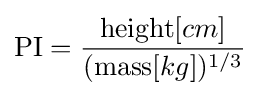
{\text{PI}}={\frac {{\text{height}}[cm]}{({\text{mass}}[kg])^{1/3}}}